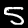
Label: 5